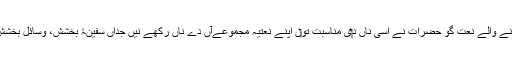
بعد وچ آنے والے نعت گو حضرات نے اسی ناں د‏‏ی مناسبت تو‏ں اپنے نعتیہ مجموعےآں دے ناں رکھے نيں جداں سفینۂ بخشش، وسائل بخشش وغیرہ۔